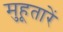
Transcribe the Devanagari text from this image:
मुहूतारें